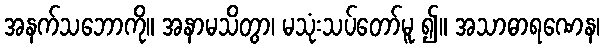
အနက်သဘောကို။ အနာမသိတွာ၊ မသုံးသပ်တော်မူ ၍။ အသာဓာရဏေန၊